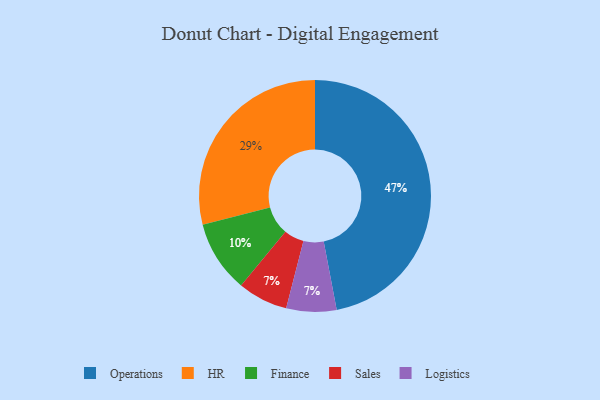
{"axis": {"x": "Category", "y": "Percentage"}, "legend": ["Finance", "HR", "Logistics", "Operations", "Sales"], "data": [{"x": "HR", "y": 29, "type": "HR"}, {"x": "Finance", "y": 10, "type": "Finance"}, {"x": "Sales", "y": 7, "type": "Sales"}, {"x": "Logistics", "y": 7, "type": "Logistics"}, {"x": "Operations", "y": 47, "type": "Operations"}]}